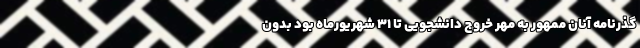
گذرنامه آنان ممهور به مهر خروج دانشجویی تا ۳۱ شهریورماه بود بدون